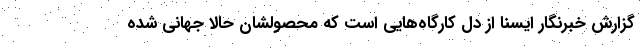
گزارش خبرنگار ایسنا از دل کارگاه‌هایی است که محصولشان حالا جهانی شده